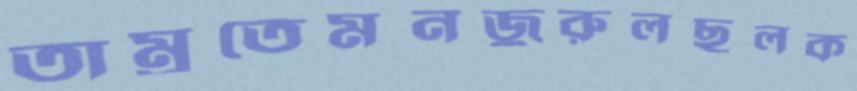
তাম্রুতেমনজুরুলছলক